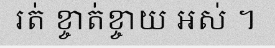
រត់ ខ្ចាត់ខ្ចាយ អស់ ។